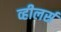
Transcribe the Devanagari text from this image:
व्हीलर्स